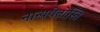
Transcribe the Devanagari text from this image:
नान्यथेतोस्ति